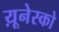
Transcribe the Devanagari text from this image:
य़ूनेस्को